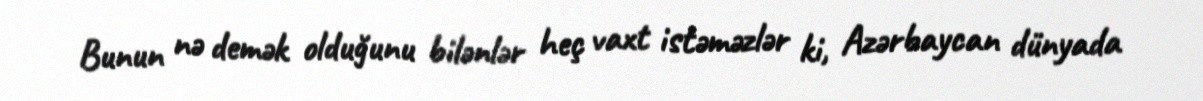
Bunun nə demək olduğunu bilənlər heç vaxt istəməzlər ki, Azərbaycan dünyada